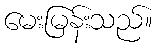
မေးမြန်းသည်။